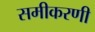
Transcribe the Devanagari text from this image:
समीकरणी